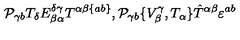
{ \cal P } _ { \gamma b } T _ { \delta } E _ { \beta \alpha } ^ { \delta \gamma } T ^ { \alpha \beta \{ a b \} } , { \cal P } _ { \gamma b } \{ V _ { \beta } ^ { \gamma } , T _ { \alpha } \} \hat { T } ^ { \alpha \beta } \varepsilon ^ { a b }